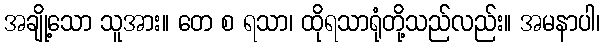
အချို့သော သူအား။ တေ စ ရသာ၊ ထိုရသာရုံတို့သည်လည်း။ အမနာပါ၊